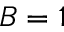
B = 1